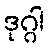
ဒုဂ္ဂါ